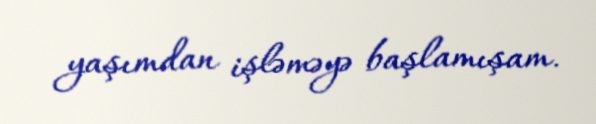
yaşımdan işləməyə başlamışam.